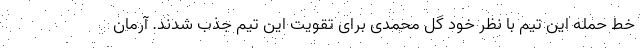
خط حمله این تیم با نظر خود گل محمدی برای تقویت این تیم جذب شدند. آرمان